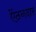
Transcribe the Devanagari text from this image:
ऐंठनदार